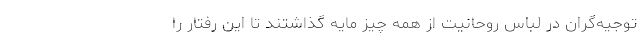
توجیه‌گران در لباس روحانیت از همه چیز مایه گذاشتند تا این رفتار را